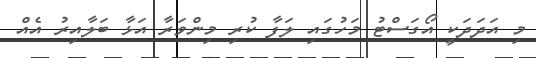
މި އަދަދަކީ އޯގަސްޓު މަހުގައި ލަފާ ކުރި މިންވަރާ އަޅާ ބަލާއިރު އެއް